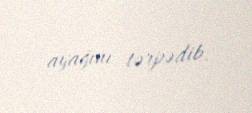
ayağını tərpədib.